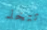
تتخذ